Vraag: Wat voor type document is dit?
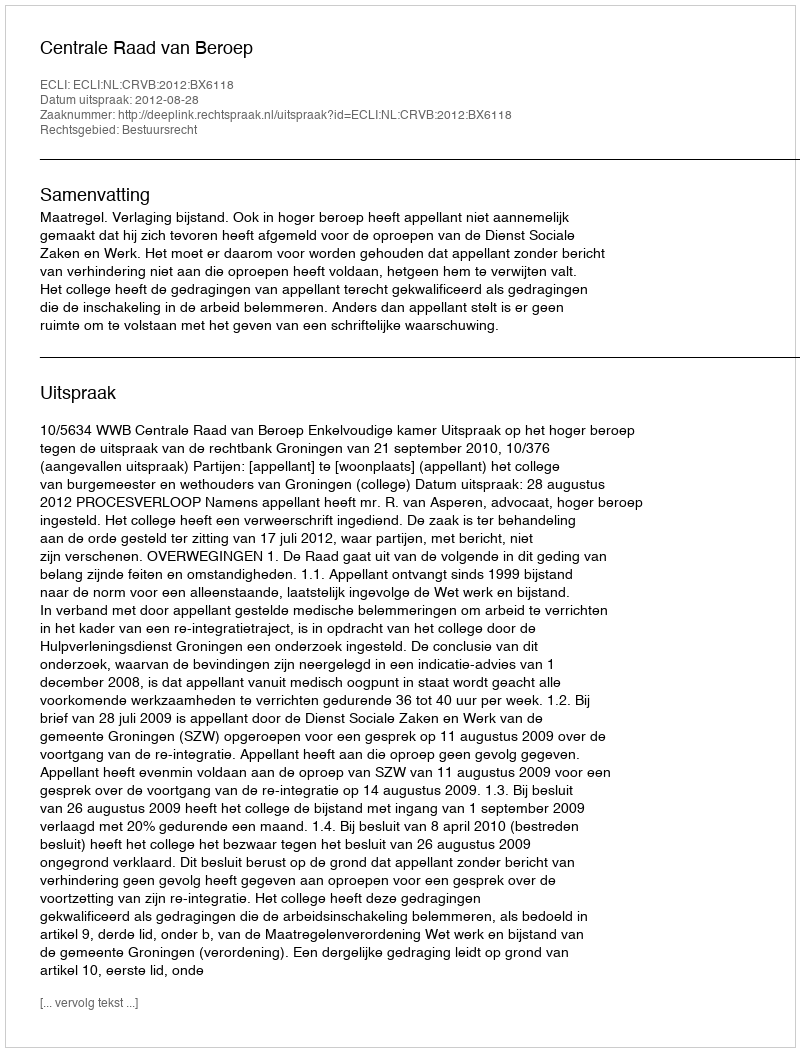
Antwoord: Uitspraak